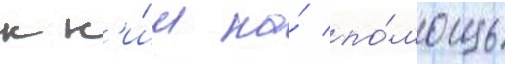
к н'и́м на́ по́мощь